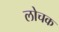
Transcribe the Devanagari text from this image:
लोचक